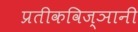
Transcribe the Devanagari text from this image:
प्रतीकविज्ञानी